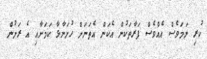
ކުރި ނަމަވެސް އެއްވެސް ފަރާތަކުން އެކަން އެތަނަށް ހުށަނާޅާ ކަމަށާއި އެ ރަށުން